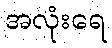
အလုံးရေ